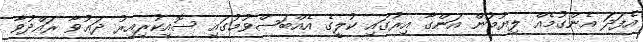
އެފަދަ އެންގުމެއް ލިޔުމުން އަންގާ އިރުގައި ކުލީގެ އެއްބަސްވުމުގައި ސޮއިކުރިއިރު ދަޢުވާ ރައްދުވާ